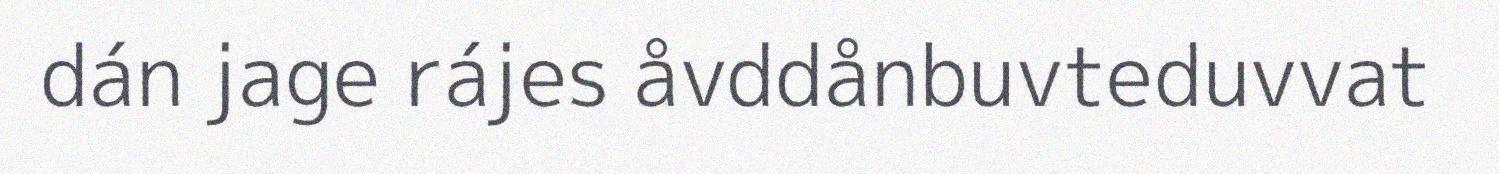
dán jage rájes åvddånbuvteduvvat